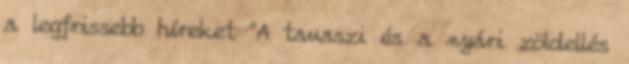
a legfrissebb híreket "A tavaszi és a nyári zöldellés